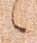
候